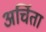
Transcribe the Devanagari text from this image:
अर्चिता